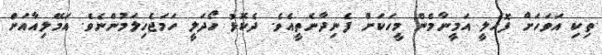
ތިކި އަވަހަށް ފޮހެލީ އަމީނާމެން މީހަކަށް ފެނިދާނެތީއެވެ. ދެކޮޅު ހޯދަލީ ހަމަޖެހިލަމުންނެވެ. އަމޭލިއާއަށް